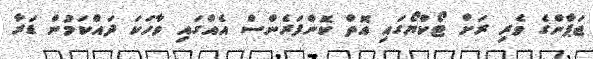
ޖަޕާންގެ ވެރި ރަށް ޓޯކްޔޯގައި އޮތް ކޮންފަރެންސް އެއްގައި ވާހަކަ ދައްކަމުން ޑަރާ